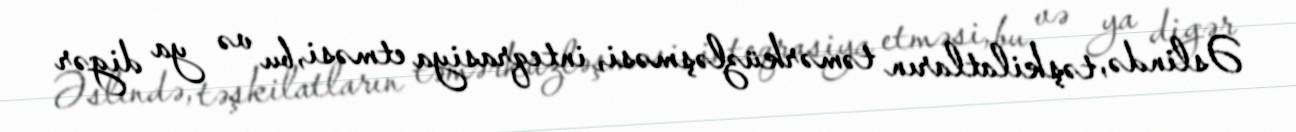
Əslində, təşkilatların təmərküzləşməsi, inteqrasiya etməsi, bu və ya digər